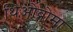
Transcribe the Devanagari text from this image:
थिओब्रोमा